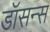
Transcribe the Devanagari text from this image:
डॉसन्स